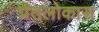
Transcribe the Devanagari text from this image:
प्रेतलोकास